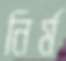
নির্ম